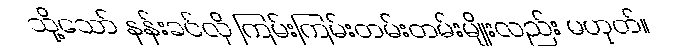
သို့သော် နန်းခင်လို ကြမ်းကြမ်းတမ်းတမ်းမျိုးလည်း မဟုတ်။